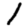
Digit: 1